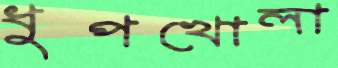
ধুপখোলা